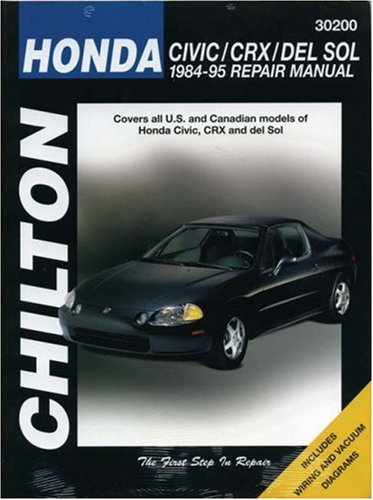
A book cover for Honda Civic, CRX, and Del Sol, 1984-95 Repair Manual (Chilton Automotive Books); Jaffer A. Ahmad; Engineering & Transportation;